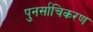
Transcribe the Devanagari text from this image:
पुनर्साचिकरण